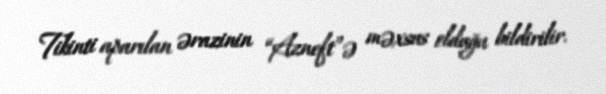
Tikinti aparılan ərazinin “Azneft”ə məxsus olduğu bildirilir.